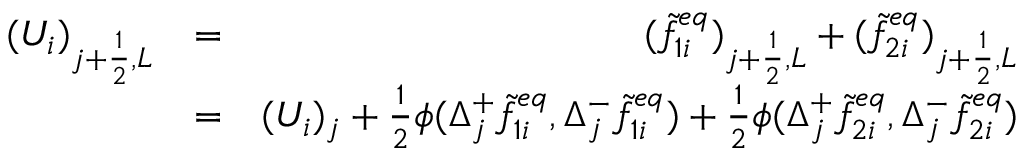
\begin{array} { r l r } { ( U _ { i } ) _ { j + \frac { 1 } { 2 } , L } } & { = } & { ( \widetilde { f } _ { 1 i } ^ { e q } ) _ { j + \frac { 1 } { 2 } , L } + ( \widetilde { f } _ { 2 i } ^ { e q } ) _ { j + \frac { 1 } { 2 } , L } } \\ & { = } & { ( U _ { i } ) _ { j } + \frac { 1 } { 2 } \phi ( \Delta _ { j } ^ { + } \widetilde { f } _ { 1 i } ^ { e q } , \Delta _ { j } ^ { - } \widetilde { f } _ { 1 i } ^ { e q } ) + \frac { 1 } { 2 } \phi ( \Delta _ { j } ^ { + } \widetilde { f } _ { 2 i } ^ { e q } , \Delta _ { j } ^ { - } \widetilde { f } _ { 2 i } ^ { e q } ) } \end{array}